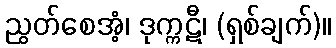
ညွတ်စေအံ့၊ ဒုက္ကဋီ၊ (ရှစ်ချက်)။